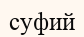
суфий